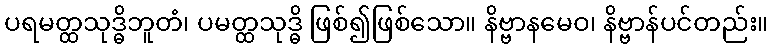
ပရမတ္ထသုဒ္ဓိဘူတံ၊ ပမတ္ထသုဒ္ဓိ ဖြစ်၍ဖြစ်သော။ နိဗ္ဗာနမေဝ၊ နိဗ္ဗာန်ပင်တည်း။